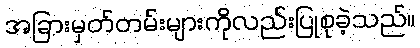
အခြားမှတ်တမ်းများကိုလည်းပြုစုခဲ့သည်။